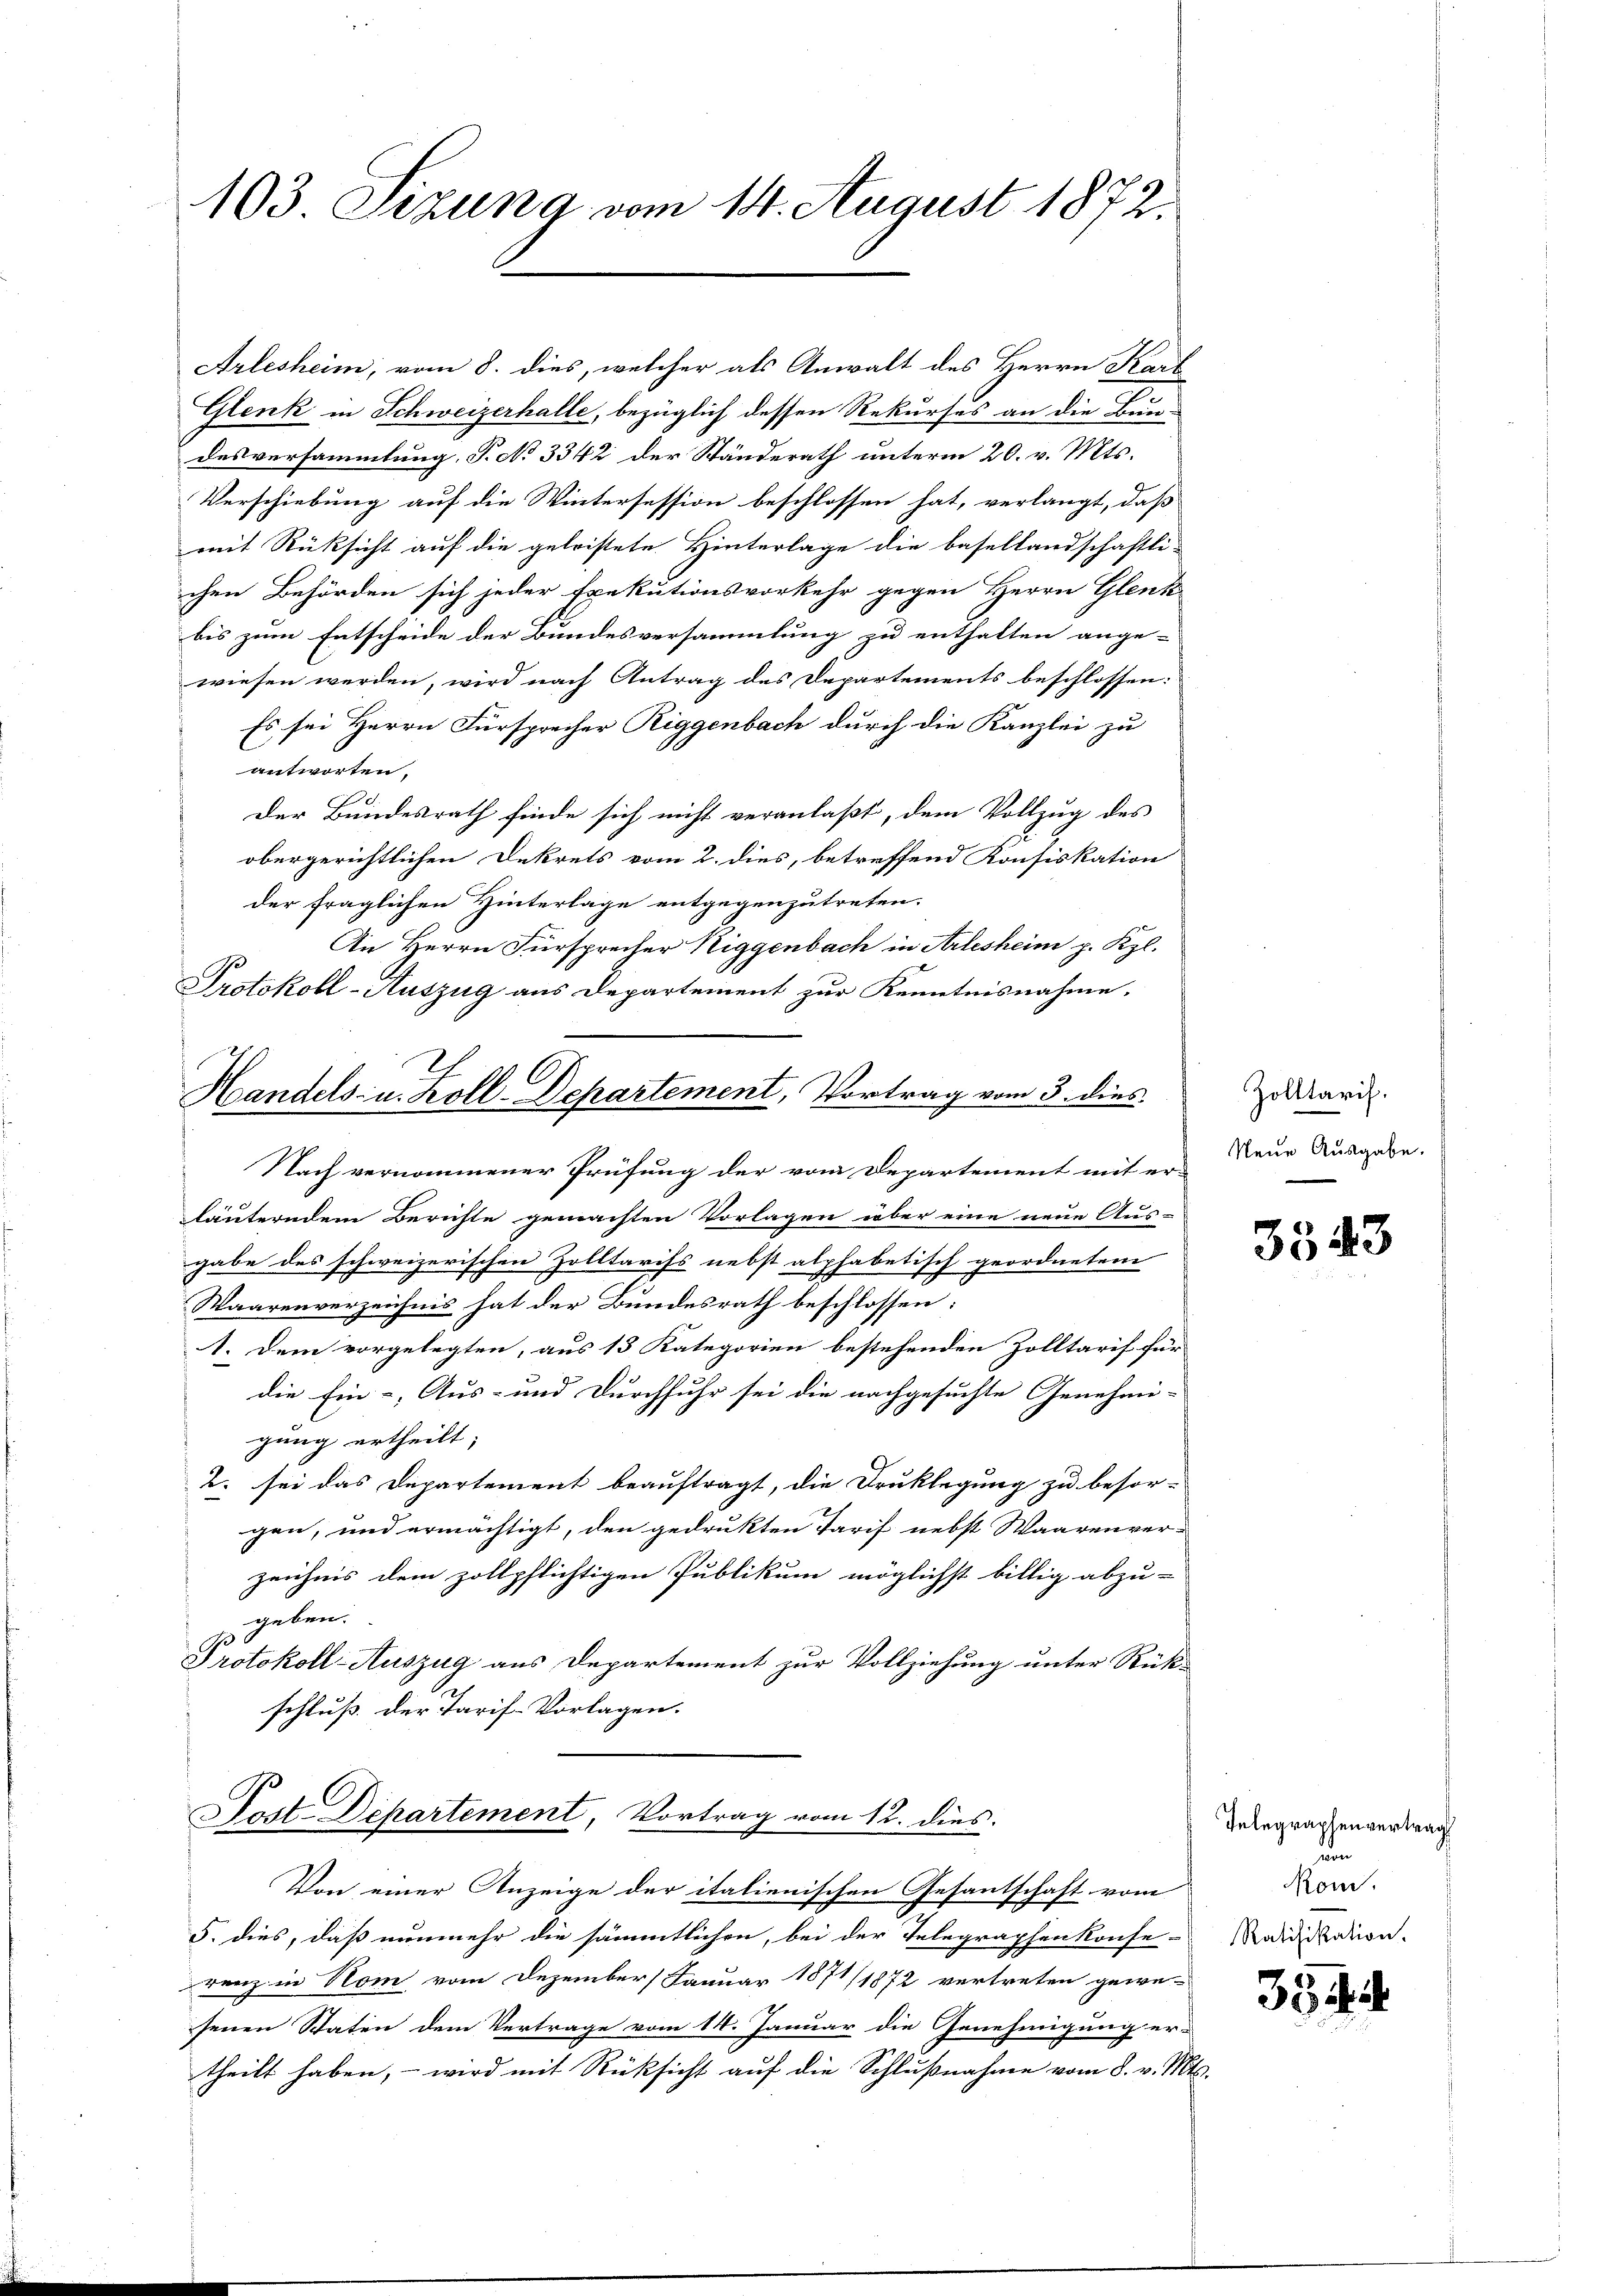
103 Sezung vom 14. August 1872.

Arlesheim; vom 8. dies, welcher als Anwalt des Herrn Karl
Glenk in Schweizerhalle, bezüglich dessen Rekurses an die Bun-
desversammlung, P. No 3342 der Ständerath unterm 20. v. Mts.
Verschiebung auf die Wintersession beschlossen hat, verlangt, daß
mit Rücksicht auf die geleistete Hinterlage die Basellandschaftli-
ichen Behörden sich jeder Exekutionsvorkehr gegen Herrn Glenk
bis zum Entscheide der Bundesversammlung zu enthalten ange-
wiesen werden, wird nach Antrag des Departements beschlossen:
Es sei Herrn Fürsprecher Riggenbach durch die Kanzlei zu
antworten.
Der Bundesrath finde sich nicht veranlaßt, dem Vollzug des
obergerichtlichen Dekrets vom 2. dies, betreffend Konfiskation
der fraglichen Hinterlage entgegenzutreten.
An Herrn Fürsprecher Niggenbach in Arlesheim p. Kgl.
Protokoll-Auszug aus Departement zur Kenntnisnahme,
Nach vernommener Prüfung der vom Departement mit er-
läuterndem Berichte gemachten Vorlagen über eine neue Aus-
gabe des schweizerischen Zolltarifs nebst alphabetisch geordnetem
Waarenverzeichnis hat der Bundesrath beschlossen:
1. Dem vorgelegten, aus 13 Kategorien bestehenden Zolltarif für
die Ein- Aus- und Durchfuhr sei die nachgesuchte Genehmi-
gung ertheilt;
2. sei das Departement beauftragt, die Druklegung zu besor-
gen, und ermächtigt, den gedrukten Tarif nebst Waarenver-
zeichnis dem zollpflichtigen Publikum möglichst billig abzu-
geben.
G
Protokoll-Auszug aus Departement zur Vollziehung unter Rück-
schluß der Tarif-Vorlagen.
Sost. Departement, Vortrag vom 12. dies.
Von einer Anzeige der italienischen Gesantschaft vom
5. dies, daß nunmehr die sämmtlichen, bei der Telegraphenkonse-
renz in Nom vom Dezember Januar 1871/1872 vertreten gewe-
senen Staten dem Vertrage vom 14. Januar die Genehmigung er-
theilt haben, – wird mit Rüksicht auf die Schlußnahme vom 8. v. Mts.

Handels- u. Koll-Departement, Vortrag vom 3. dies

Zolltarif.
Neue Ausgabe.

3543

Telegraphenvertrag
von
Rom.
Ratifikation.

33.

.